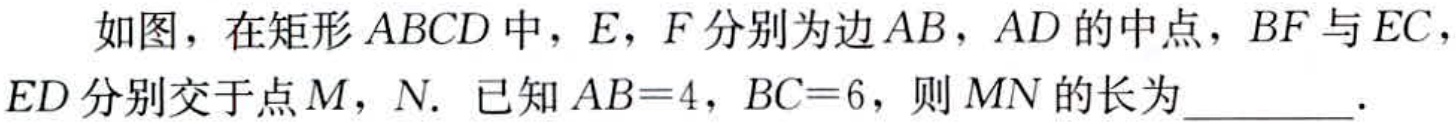
如图，在矩形\(ABCD\)中，\(E\)，\(F\)分别为边\(AB\)，\(AD\)的中点，\(BF\)与\(EC\)，\(ED\)分别交于点\(M\)，\(N\). 已知\(AB = 4\)，\(BC = 6\)，则\(MN\)的长为_________.